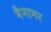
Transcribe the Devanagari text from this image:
मैनामर